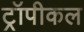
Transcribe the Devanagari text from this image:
ट्रॉपीकल